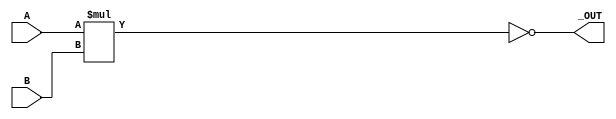
module _NAND(_OUT,A,B);
//start
  input A,B;
  output _OUT;
  assign _OUT=~(A*B);
//esc
endmodule